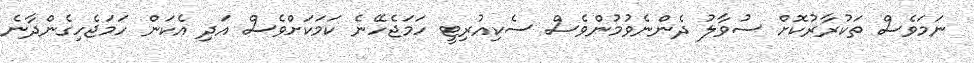
ނަމަވެސް ތަކުރާރުކޮށް ސުވާލު ދެންނެވުމުންވެސް ސެކިއުރިޓީ ހަމަޖެހޭނެ ކަމަކަށްވެސް އަދި އެކަން ހަމަޖެހިގެންދާނެ